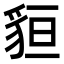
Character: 貆